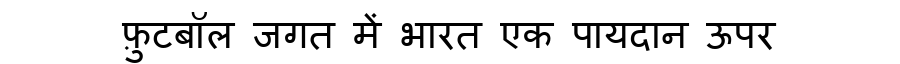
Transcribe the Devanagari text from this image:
फ़ुटबॉल जगत में भारत एक पायदान ऊपर